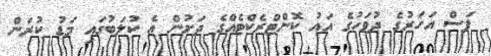
ފަސް އަހަރުގެ ދުވަހުގެ އައު ކޮންޓްރެކްޓެއްގެ ދަށުން އެ ކުލަބުގައި މަޑު ކުރަން